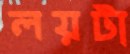
লয়টা